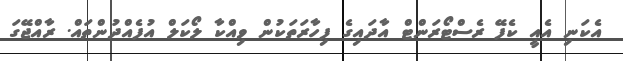
އެކަނި އެއީ ކެފޭ ރެސްޓޯރަންޓް އާދައިގެ ފިހާރަތަކުން ވިއްކާ ލޯކަލް އުފެއްދުންތައް. ރާއްޖޭގަ